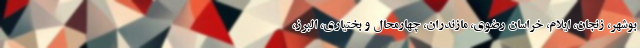
بوشهر، زنجان، ایلام، خراسان رضوی، مازندران، چهارمحال و بختیاری، البرز،